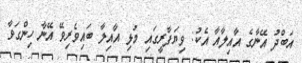
އަބްދު އޭނާގެ އާއިލާއާ އެކު: ވިޔަފާރީގައި މުޅި އާއިލާ ބައިވެރިވޭ އޭނާ ހިންގަވާ